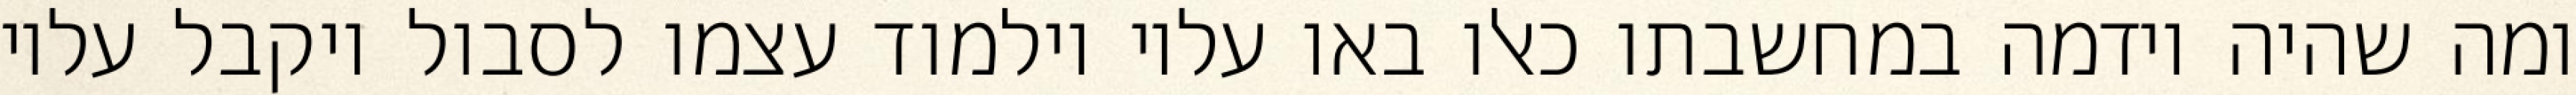
ומה שהיה וידמה במחשבתו כאלו באו עליו וילמוד עצמו לסבול ויקבל עליו